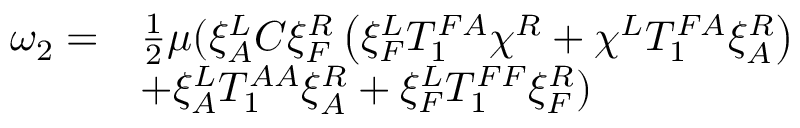
\begin{array} { r l } { \omega _ { 2 } = } & { \frac 1 2 \mu ( \xi _ { A } ^ { L } C \xi _ { F } ^ { R } \left( \xi _ { F } ^ { L } T _ { 1 } ^ { F A } \chi ^ { R } + \chi ^ { L } T _ { 1 } ^ { F A } \xi _ { A } ^ { R } \right) } \\ & { + \xi _ { A } ^ { L } T _ { 1 } ^ { A A } \xi _ { A } ^ { R } + \xi _ { F } ^ { L } T _ { 1 } ^ { F F } \xi _ { F } ^ { R } ) } \end{array}